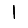
Digit: 1